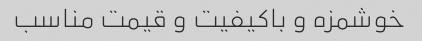
خوشمزه و باکیفیت و قیمت مناسب